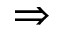
\Rightarrow